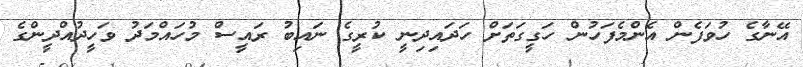
އޭނާގެ ހުވަފެން އެންމެފަހުން ހަގީގަތަށް ހަދައިދިނީ ކުރީގެ ނައިބު ރައީސް މުހައްމަދު ވަހީދުއްދީންގެ